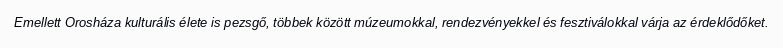
Emellett Orosháza kulturális élete is pezsgő, többek között múzeumokkal, rendezvényekkel és fesztiválokkal várja az érdeklődőket.